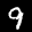
Label: 9